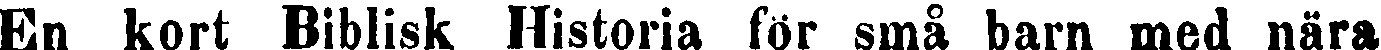
En kort Biblisk Historia för små barn med nära